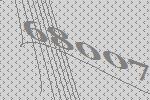
68007